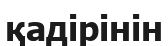
қадірінін